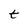
Character: t